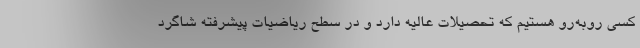
کسی روبه‌رو هستیم که تحصیلات عالیه دارد و در سطح ریاضیات پیشرفته شاگرد